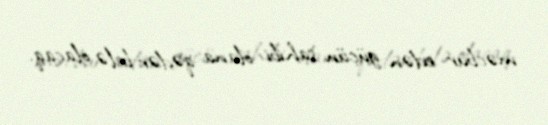
məcbur edən gücün sahibi olana qədər belə olacaq.